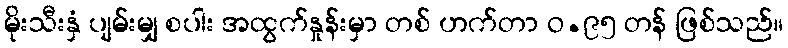
မိုးသီးနှံ ပျမ်းမျှ စပါး အထွက်နှုန်းမှာ တစ် ဟက်တာ ဝ.၉၅ တန် ဖြစ်သည်။